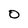
Character: O